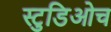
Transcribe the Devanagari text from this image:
स्टुडिओच